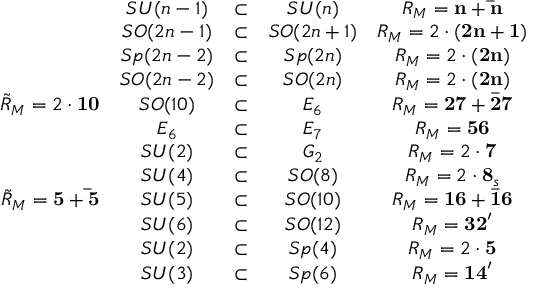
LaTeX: \begin{array} { c c c c c } { { } } & { { S U ( n - 1 ) } } & { { \subset } } & { { S U ( n ) } } & { { R _ { M } = { \bf n } + { \bf \bar { n } } } } \\ { { } } & { { S O ( 2 n - 1 ) } } & { { \subset } } & { { S O ( 2 n + 1 ) } } & { { R _ { M } = 2 \cdot { \bf ( 2 n + 1 ) } } } \\ { { } } & { { S p ( 2 n - 2 ) } } & { { \subset } } & { { S p ( 2 n ) } } & { { R _ { M } = 2 \cdot { \bf ( 2 n ) } } } \\ { { } } & { { S O ( 2 n - 2 ) } } & { { \subset } } & { { S O ( 2 n ) } } & { { R _ { M } = 2 \cdot { \bf ( 2 n ) } } } \\ { { \tilde { R } _ { M } = 2 \cdot { \bf 1 0 } } } & { { S O ( 1 0 ) } } & { { \subset } } & { { E _ { 6 } } } & { { R _ { M } = { \bf 2 7 } + { \bf \bar { 2 7 } } } } \\ { { } } & { { E _ { 6 } } } & { { \subset } } & { { E _ { 7 } } } & { { R _ { M } = { \bf 5 6 } } } \\ { { } } & { { S U ( 2 ) } } & { { \subset } } & { { G _ { 2 } } } & { { R _ { M } = 2 \cdot { \bf 7 } } } \\ { { } } & { { S U ( 4 ) } } & { { \subset } } & { { S O ( 8 ) } } & { { R _ { M } = 2 \cdot { \bf 8 } _ { s } } } \\ { { \tilde { R } _ { M } = { \bf 5 } + { \bf \bar { 5 } } } } & { { S U ( 5 ) } } & { { \subset } } & { { S O ( 1 0 ) } } & { { R _ { M } = { \bf 1 6 } + { \bf \bar { 1 6 } } } } \\ { { } } & { { S U ( 6 ) } } & { { \subset } } & { { S O ( 1 2 ) } } & { { R _ { M } = { \bf 3 2 } ^ { \prime } } } \\ { { } } & { { S U ( 2 ) } } & { { \subset } } & { { S p ( 4 ) } } & { { R _ { M } = 2 \cdot { \bf 5 } } } \\ { { } } & { { S U ( 3 ) } } & { { \subset } } & { { S p ( 6 ) } } & { { R _ { M } = { \bf 1 4 } ^ { \prime } } } \end{array}